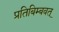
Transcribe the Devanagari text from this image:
प्रतिबिम्बवत्